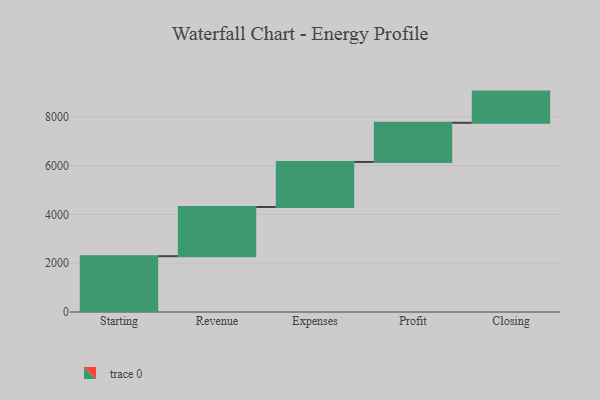
{"axis": {"x": "Step", "y": "Value"}, "legend": [""], "data": [{"x": "Starting", "y": 2287.0, "type": ""}, {"x": "Revenue", "y": 2016.0, "type": ""}, {"x": "Expenses", "y": 1847.0, "type": ""}, {"x": "Profit", "y": 1605.0, "type": ""}, {"x": "Closing", "y": 1279.0, "type": ""}]}